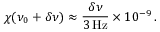
\chi ( \nu _ { 0 } + \delta \nu ) \approx \frac { \delta \nu } { 3 \, \mathrm { H z } } \times 1 0 ^ { - 9 } \, .